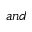
a n d